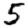
Digit: 5